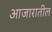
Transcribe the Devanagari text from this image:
आजारातील